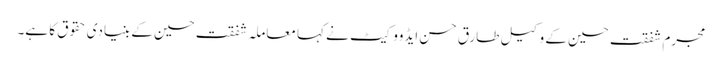
مجرم شفقت حسین کے وکیل طارق حسن ایڈووکیٹ نے کہا معاملہ شفقت حسین کے بنیادی حقوق کا ہے۔